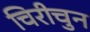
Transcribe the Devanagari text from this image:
चिरीचुन